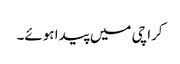
کراچی میں پیدا ہوئے۔